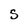
Character: S